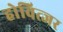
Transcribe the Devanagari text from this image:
होवित्जर